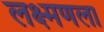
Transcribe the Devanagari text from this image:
लक्ष्मणला